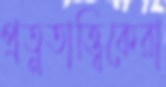
প্রত্নতাত্ত্বিকেরা